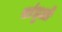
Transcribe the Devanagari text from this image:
सांधुओं